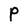
Character: P